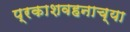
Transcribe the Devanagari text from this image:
प्रकाशवहनाच्या